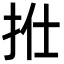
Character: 𢫟